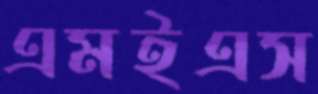
এমইএস